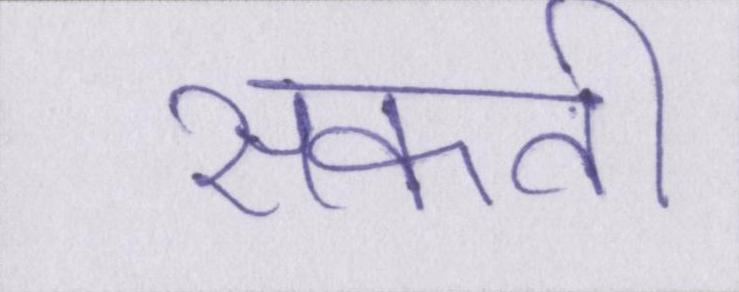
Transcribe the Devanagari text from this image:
सकती